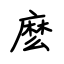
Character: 麽